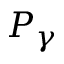
P _ { \gamma }